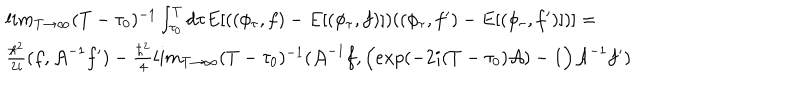
LaTeX: \begin{array} { l } { { l i m _ { T \rightarrow \infty } ( T - \tau _ { 0 } ) ^ { - 1 } \int _ { \tau _ { 0 } } ^ { T } d \tau E [ ( ( \phi _ { \tau } , f ) - E [ ( \phi _ { \tau } , f ) ] ) ( ( \phi _ { \tau } , f ^ { \prime } ) - E [ ( \phi _ { \tau } , f ^ { \prime } ) ] ) ] = } } \\ { { \frac { \hbar ^ { 2 } } { 2 i } ( f , { \cal A } ^ { - 1 } f ^ { \prime } ) - \frac { \hbar ^ { 2 } } { 4 } l i m _ { T \rightarrow \infty } ( T - \tau _ { 0 } ) ^ { - 1 } ( { \cal A } ^ { - 1 } f , \Big ( e x p ( - 2 i ( T - \tau _ { 0 } ) { \cal A } ) - 1 \Big ) { \cal A } ^ { - 1 } f ^ { \prime } ) } } \\ \end{array}